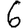
Digit: 6